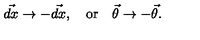
\vec { d x } \rightarrow - \vec { d x } , \quad \mathrm { o r } \quad \vec { \theta } \rightarrow - \vec { \theta } .